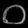
Digit: ၀